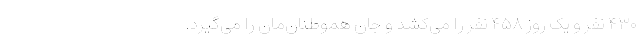
۴۳۰ نفر و یک روز ۴۵۸ نفر را می‌کُشد و جان هموطنان‌مان را می‌گیرد.